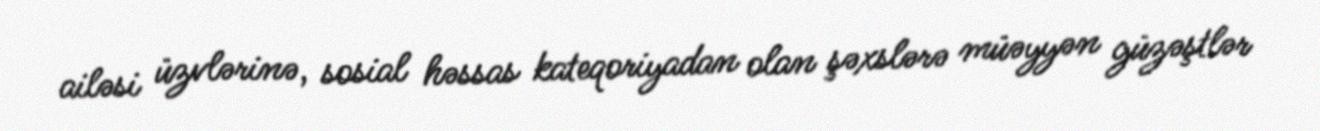
ailəsi üzvlərinə, sosial həssas kateqoriyadan olan şəxslərə müəyyən güzəştlər